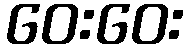
ဝေးဝေး